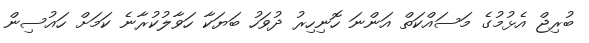
ބުރިޖް އެޅުމުގެ މަސައްކަތް އަންނަ ހޮނިހިރު ދުވަހު ބަޔަކާ ހަވާލުކުރާނެ ކަމަށް ހައުސިން